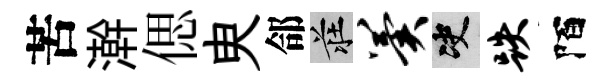
苦澣偲㬰郃莊翼决跌陌